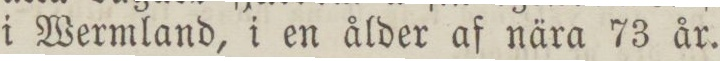
i Wermland, i en ålder af nära 73 år.